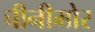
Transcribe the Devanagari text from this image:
चीनीमोर